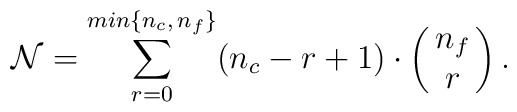
{\cal N} = \sum_{r=0}^{min\{ n_c, \, n_f\}}  (n_c- r +1) \cdot\pmatrix {n_f \cr  r}. \,